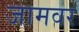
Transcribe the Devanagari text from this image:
जामवर